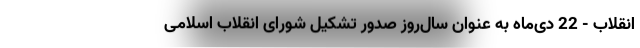
انقلاب - 22 دی‌ماه به عنوان سال‌روز صدور تشکیل شورای انقلاب اسلامی